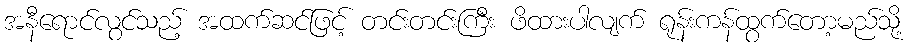
အနီရောင်လွင်သည့် အထက်ဆင်ဖြင့် တင်းတင်းကြီး ဖိထားပါလျက် ရုန်းကန်ထွက်တော့မည်သို့